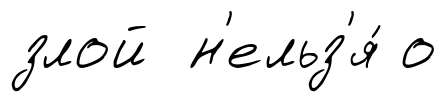
злой н'ельз'я́ о